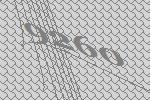
9260